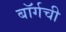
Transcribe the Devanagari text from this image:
बॉर्गची